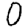
Digit: 0